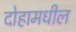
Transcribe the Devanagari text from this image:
दोहामधील